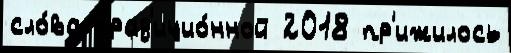
сло́ва трад'ицио́нной 2018 пр'ижилось